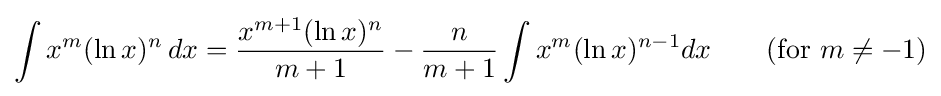
\int x^{m}(\ln x)^{n}\,dx={\frac {x^{m+1}(\ln x)^{n}}{m+1}}-{\frac {n}{m+1}}\int x^{m}(\ln x)^{n-1}dx\qquad {\mbox{(for }}m\neq -1{\mbox{)}}